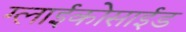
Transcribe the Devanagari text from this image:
ग्लाईकोसाईड